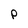
Character: P